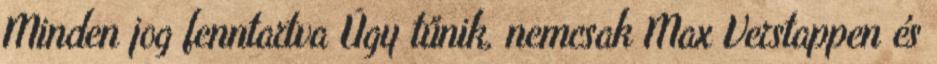
Minden jog fenntartva Úgy tűnik, nemcsak Max Verstappen és